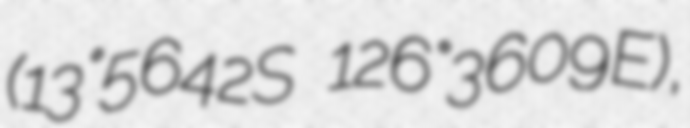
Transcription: (13°56′42″S 126°36′09″E),